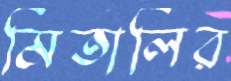
মিতালির